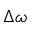
\Delta \omega